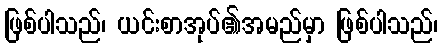
ဖြစ်ပါသည်၊ ယင်းစာအုပ်၏အမည်မှာ ဖြစ်ပါသည်၊